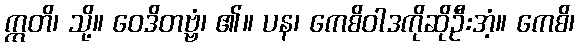
ဣတိ၊ သို့။ ဝေဒိတဗ္ဗံ၊ ၏။ ပန၊ ကေစိဝါဒကိုဆိုဦးအံ့။ ကေစိ၊